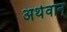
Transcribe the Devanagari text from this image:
अर्थवान्‌